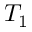
T _ { 1 }